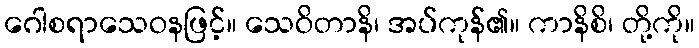
ဂေါစရာသေဝနဖြင့်။ သေဝိတာနိ၊ အပ်ကုန်၏။ ကာနိစိ၊ တို့ကို။